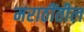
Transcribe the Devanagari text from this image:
मराठींतील